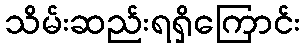
သိမ်းဆည်းရရှိကြောင်း